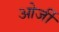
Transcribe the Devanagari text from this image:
ओर्जी